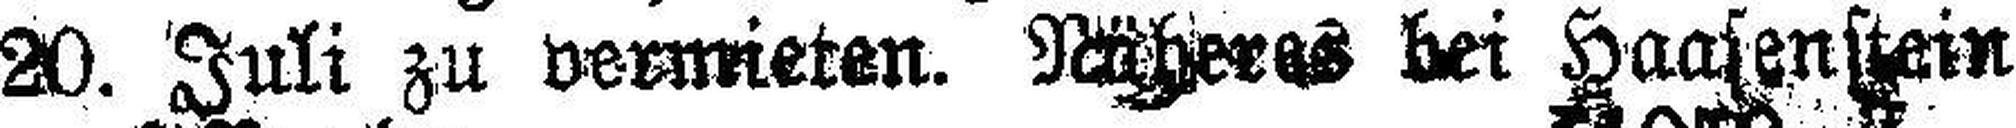
20. Juli zu vermieten. Nächeres bei Haasenstein